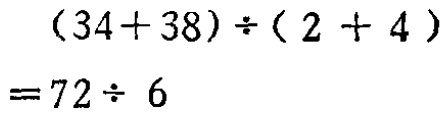
\[(34 + 38)\div(2 + 4)=72\div6\]